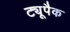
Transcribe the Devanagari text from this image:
ट्यूपैक